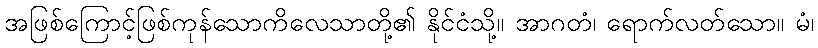
အဖြစ်ကြောင့်ဖြစ်ကုန်သောကိလေသာတို့၏ နိုင်ငံသို့။ အာဂတံ၊ ရောက်လတ်သော။ မံ၊